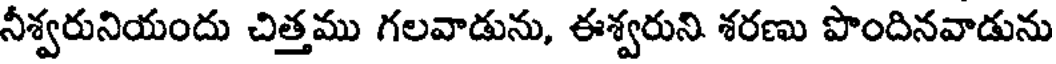
నీశ్వరునియందు చిత్తము గలవాడును, ఈశ్వరుని శరణు పొందినవాడును